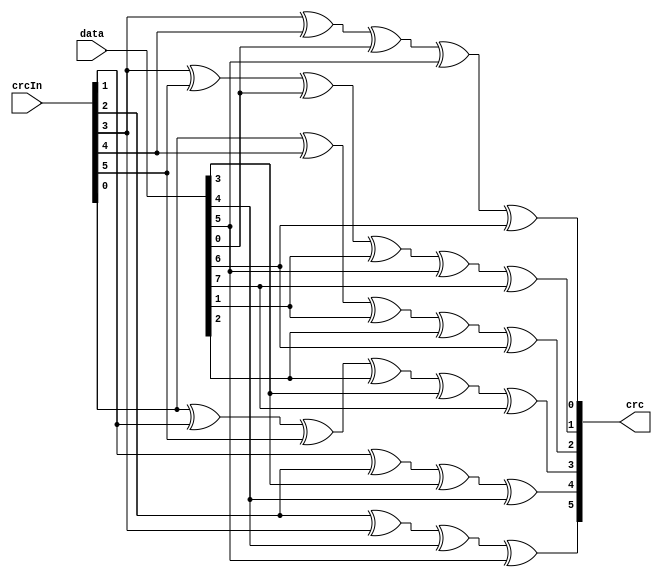
module CRC6_ITU(input [7:0] data,
                   input [5:0] crcIn,
                   output reg [5:0] crc);

  always @ (data, crcIn) begin
    crc[0] = crcIn[3] ^ crcIn[4] ^ data[0] ^ data[5] ^ data[6];
    crc[1] = crcIn[3] ^ crcIn[5] ^ data[0] ^ data[1] ^ data[5] ^ data[7];
    crc[2] = crcIn[0] ^ crcIn[4] ^ data[1] ^ data[2] ^ data[6];
    crc[3] = crcIn[0] ^ crcIn[1] ^ crcIn[5] ^ data[2] ^ data[3] ^ data[7];
    crc[4] = crcIn[1] ^ crcIn[2] ^ data[3] ^ data[4];
    crc[5] = crcIn[2] ^ crcIn[3] ^ data[4] ^ data[5];
  end

endmodule